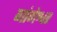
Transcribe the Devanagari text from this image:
गांगेश्वर